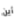
أين